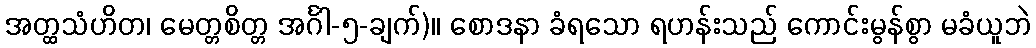
အတ္ထသံဟိတ၊ မေတ္တစိတ္တ အင်္ဂါ-၅-ချက်)။ စောဒနာ ခံရသော ရဟန်းသည် ကောင်းမွန်စွာ မခံယူဘဲ